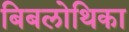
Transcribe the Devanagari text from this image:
बिबलोथिका